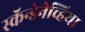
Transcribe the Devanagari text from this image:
स्कॅन्डेनेव्हिया